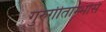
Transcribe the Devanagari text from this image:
गुरुगीताम्भसि